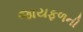
જાયફળની